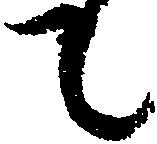
て